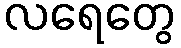
လရေတွေ